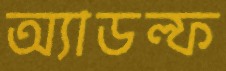
অ্যাডল্ফ